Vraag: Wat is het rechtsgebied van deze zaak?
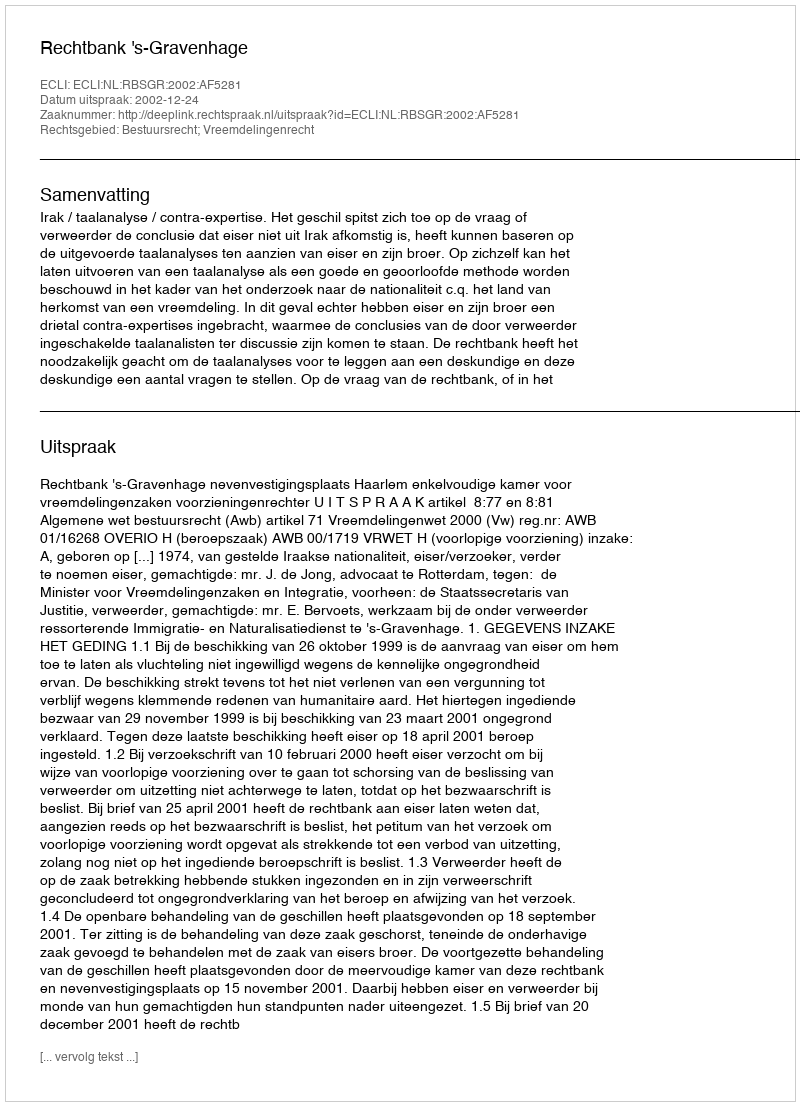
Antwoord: Bestuursrecht; Vreemdelingenrecht